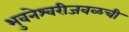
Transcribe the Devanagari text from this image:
भुवनेश्वरीजवळची